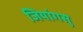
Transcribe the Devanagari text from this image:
जियांगसु